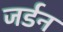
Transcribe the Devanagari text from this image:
जर्डन